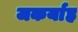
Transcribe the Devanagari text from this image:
जकर्याह